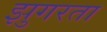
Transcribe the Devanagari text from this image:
झुगरता